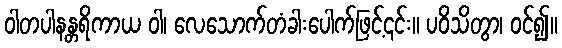
ဝါတပါနန္တရိကာယ ဝါ၊ လေသောက်တံခါးပေါက်ဖြင့်၎င်း။ ပဝိသိတွာ၊ ဝင်၍။